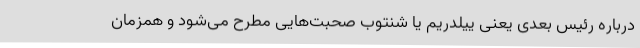
درباره رئیس بعدی یعنی ییلدریم یا شنتوب صحبت‌هایی مطرح می‌شود و همزمان